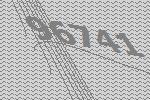
96741